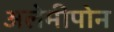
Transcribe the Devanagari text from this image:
अलेमीपोन